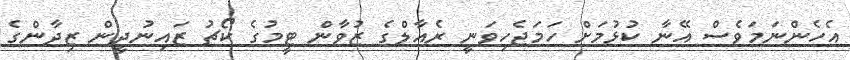
އެހެންނަމަވެސް އޭނާ ކުޅުމަށް ހަމަޖެހިވަނީ ރެއާލްގެ ޒުވާން ޓީމުގެ ކޯޗު ޒައިނުދީން ޒިދާންގެ